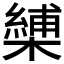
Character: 𭬏